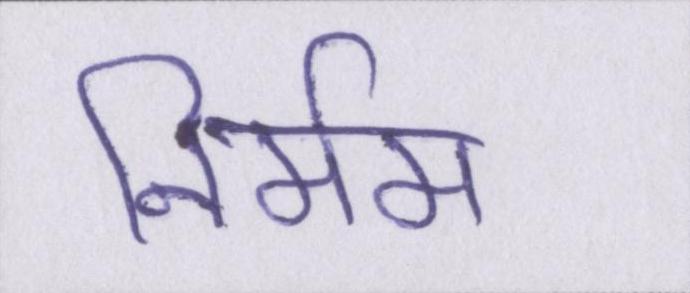
निर्मम